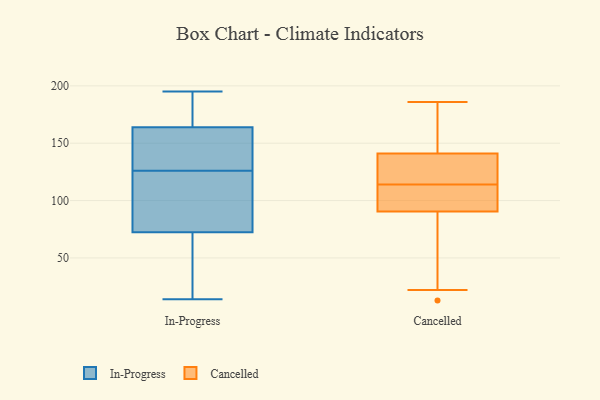
{"axis": {"x": "Temperature (°C)", "y": "Value"}, "legend": ["Cancelled", "In-Progress"], "data": [{"x": "", "y": 126, "type": "In-Progress"}, {"x": "", "y": 14, "type": "In-Progress"}, {"x": "", "y": 161, "type": "In-Progress"}, {"x": "", "y": 147, "type": "In-Progress"}, {"x": "", "y": 51, "type": "In-Progress"}, {"x": "", "y": 104, "type": "In-Progress"}, {"x": "", "y": 68, "type": "In-Progress"}, {"x": "", "y": 31, "type": "In-Progress"}, {"x": "", "y": 195, "type": "In-Progress"}, {"x": "", "y": 176, "type": "In-Progress"}, {"x": "", "y": 84, "type": "In-Progress"}, {"x": "", "y": 148, "type": "In-Progress"}, {"x": "", "y": 111, "type": "In-Progress"}, {"x": "", "y": 157, "type": "In-Progress"}, {"x": "", "y": 173, "type": "In-Progress"}, {"x": "", "y": 74, "type": "In-Progress"}, {"x": "", "y": 183, "type": "In-Progress"}, {"x": "", "y": 125, "type": "Cancelled"}, {"x": "", "y": 177, "type": "Cancelled"}, {"x": "", "y": 163, "type": "Cancelled"}, {"x": "", "y": 62, "type": "Cancelled"}, {"x": "", "y": 22, "type": "Cancelled"}, {"x": "", "y": 130, "type": "Cancelled"}, {"x": "", "y": 120, "type": "Cancelled"}, {"x": "", "y": 114, "type": "Cancelled"}, {"x": "", "y": 186, "type": "Cancelled"}, {"x": "", "y": 89, "type": "Cancelled"}, {"x": "", "y": 96, "type": "Cancelled"}, {"x": "", "y": 102, "type": "Cancelled"}, {"x": "", "y": 94, "type": "Cancelled"}, {"x": "", "y": 153, "type": "Cancelled"}, {"x": "", "y": 13, "type": "Cancelled"}, {"x": "", "y": 137, "type": "Cancelled"}, {"x": "", "y": 91, "type": "Cancelled"}]}